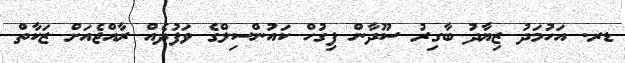
ޑރ. އަހުމަދު ޒިޔާދު ބާގިރު ސޫދާން ފިގުހް ކައުންސިލްގެ ވަފުދެއް ރާއްޖެއަށް ޒަކާތް